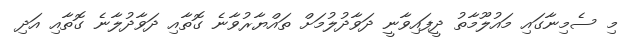
މި ސެމިނާގައި މައުލޫމާތު ދީފައިވާނީ ދަވާދުލުމަށް ތައްޔާރުވާނެ ގޮތާއި ދަވާދުލާނެ ގޮތާއި އަދި